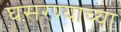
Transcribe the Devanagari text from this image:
घसरण्याच्या